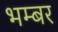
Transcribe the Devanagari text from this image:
भम्बर